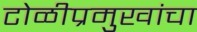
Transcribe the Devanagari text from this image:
टोळीप्रमुखांचा